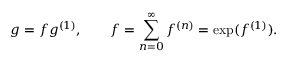
g = f g ^ { ( 1 ) } , \qquad f = \sum _ { n = 0 } ^ { \infty } f ^ { ( n ) } = \exp ( f ^ { ( 1 ) } ) .